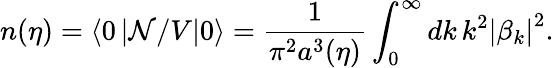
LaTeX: n(\eta)=\langle 0\left|{\cal N}/V\right|0\rangle=\frac{1}{\pi^{2}a^{3}(\eta)}\int_{0}^{\infty}dk\, k^{2}\left|\beta_{k}\right|^{2}.